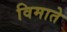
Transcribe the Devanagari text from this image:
विमाते